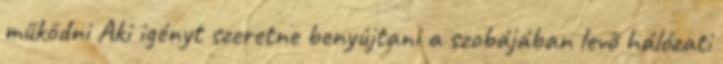
működni Aki igényt szeretne benyújtani a szobájában levõ hálózati